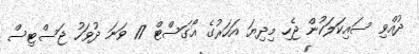
ދުއްވި ސައިކަލަކުން ޖެހި މިދިޔަ އަހަރުގެ އޯގަސްޓް 17 ވަނަ ދުވަހު ޖަސްޓިސް